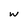
Character: w